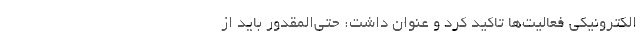
الکترونیکی فعالیت‌ها تاکید کرد و عنوان داشت: حتی‌المقدور باید از